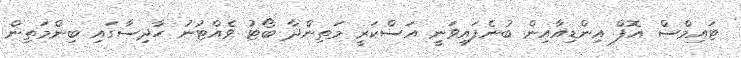
ޓައިމްސް އޮފް އިންޑިއާއިން ބުނެފައިވަނީ އަސްކަރީ މަތިންދާ ބޯޓު ވެއްޓުނު ހާދިސާގައި ބިންމަތިން